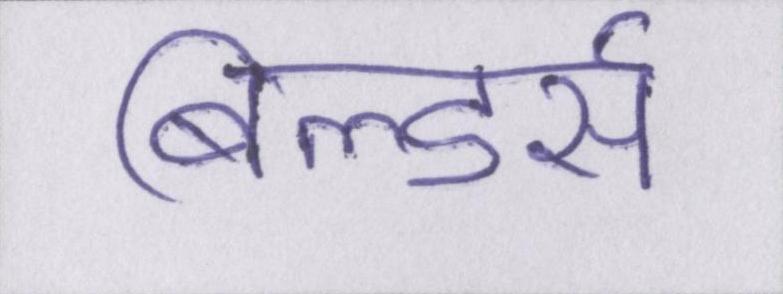
बिल्डर्स